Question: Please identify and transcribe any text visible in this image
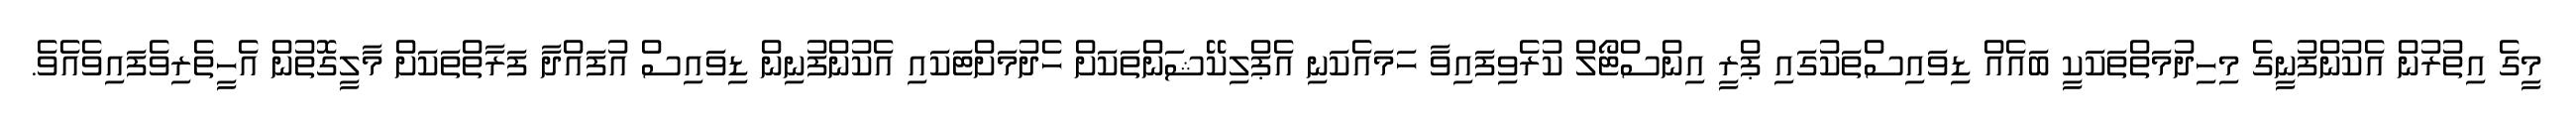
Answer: މީގެ އިތުރުން އެކުންފުނީގެ މިހިދުމަތްތަކަކީ ބައެއް ޑިވައިސްތަކުގައި ޕްރީ އިންސްޓޯލް ކުރެވިފައިވާ ހަމައެކަނި އެޕްލިކޭޝަންތަކަށް ހެދުމަށްޓަކައި އެކުންފުނިން ޑިވައިސް އުފައްދާ ފަރާތްތަކަށް މާލީގޮތުން އެހީތެރިވެފައިވެއެވެ.